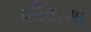
બોરાળા